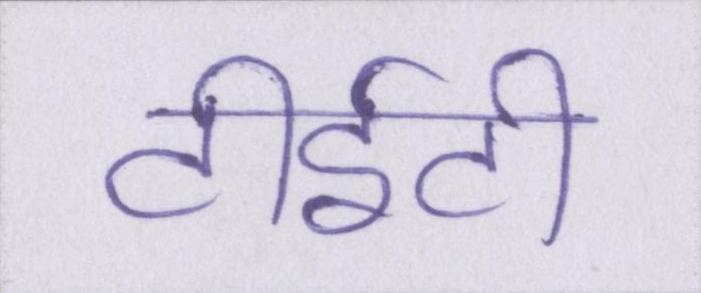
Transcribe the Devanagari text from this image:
टीईटी